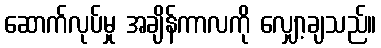
ဆောက်လုပ်မှု အချိန်ကာလကို လျှော့ချသည်။